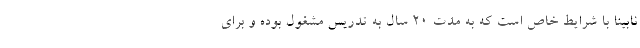
نابینا با شرایط خاص است که به مدت ۲۰ سال به تدریس مشغول بوده و برای